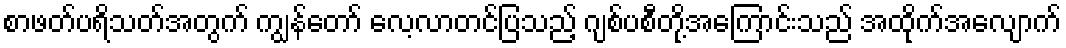
စာဖတ်ပရိသတ်အတွက် ကျွန်တော် လေ့လာတင်ပြသည့် ဂျစ်ပစီတို့အကြောင်းသည် အထိုက်အလျောက်